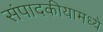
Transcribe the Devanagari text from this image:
संपादकीयामध्ये